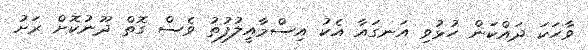
ވާހަކަ ދައްކަން ހުޅުވި އަނގައާ އެކު އިސްމާއީލުފުތު ވެސް ގޮތް ދޫނުކޮށް ރަށު